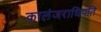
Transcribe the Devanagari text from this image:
कालंजराधिपति